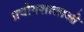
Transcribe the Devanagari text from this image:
प्रयोगशालाओ